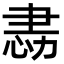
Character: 𢙻